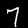
Digit: 7